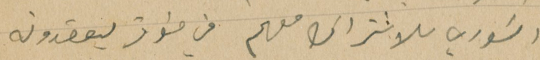
السَوري للاشتراك معهم فن مؤتمر يعقدونه